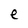
Character: e